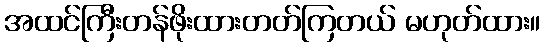
အထင်ကြီးတန်ဖိုးထားတတ်ကြတယ် မဟုတ်ထား။